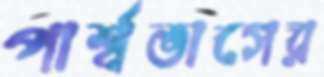
পার্শ্বভাগের